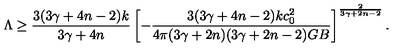
\Lambda \geq { \frac { 3 ( 3 \gamma + 4 n - 2 ) k } { 3 \gamma + 4 n } } \left[ - { \frac { 3 ( 3 \gamma + 4 n - 2 ) k c _ { 0 } ^ { 2 } } { 4 \pi ( 3 \gamma + 2 n ) ( 3 \gamma + 2 n - 2 ) G B } } \right] ^ { \frac { 2 } { 3 \gamma + 2 n - 2 } } .